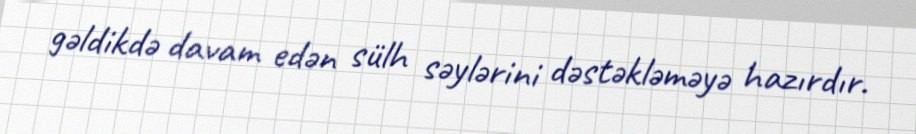
gəldikdə davam edən sülh səylərini dəstəkləməyə hazırdır.